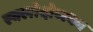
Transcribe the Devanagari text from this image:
स्क्लोदोव्स्का